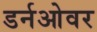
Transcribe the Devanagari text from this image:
डर्नओवर